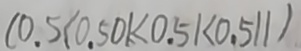
( 0 . 5 < 0 . 5 0 1 < 0 . 5 1 < 0 . 5 1 1 )